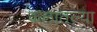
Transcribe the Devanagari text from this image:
कलातल्या